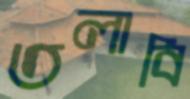
তলাবি